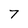
Character: 7